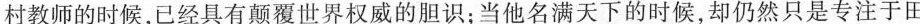
村教师的时候，已经具有颠覆世界权威的胆识；当他名满天下的时候，却仍然只是专注于田